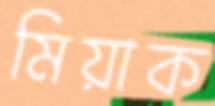
মিয়াক